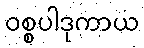
ဝစ္စပါဒုကာယ